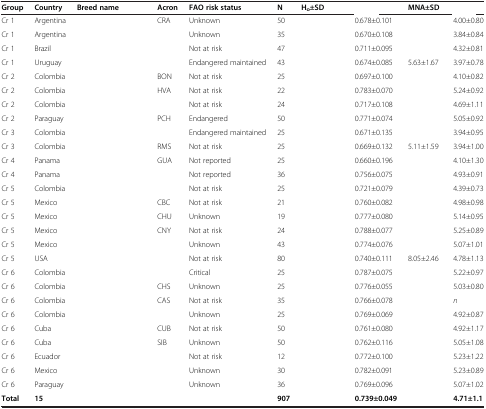
<table><thead><tr><td><b>Group</b></td><td><b>Country</b></td><td><b>Breed name</b></td><td><b>Acron</b></td><td><b>FAO risk status</b></td><td><b>N</b></td><td><b>H<sub>o</sub>±SD</b></td><td>[EMPTY_CELL]</td><td><b>MNA±SD</b></td><td>[EMPTY_CELL]</td></tr></thead><tbody><tr><td>Cr 1</td><td>Argentina</td><td>[EMPTY_CELL]</td><td>CRA</td><td>Unknown</td><td>50</td><td>[EMPTY_CELL]</td><td>0.678±0.101</td><td>[EMPTY_CELL]</td><td>4.00±0.80</td></tr><tr><td>Cr 1</td><td>Argentina</td><td>[EMPTY_CELL]</td><td>[EMPTY_CELL]</td><td>Unknown</td><td>35</td><td>[EMPTY_CELL]</td><td>0.670±0.108</td><td>[EMPTY_CELL]</td><td>3.84±0.84</td></tr><tr><td>Cr 1</td><td>Brazil</td><td>[EMPTY_CELL]</td><td>[EMPTY_CELL]</td><td>Not at risk</td><td>47</td><td>[EMPTY_CELL]</td><td>0.711±0.095</td><td>[EMPTY_CELL]</td><td>4.32±0.81</td></tr><tr><td>Cr 1</td><td>Uruguay</td><td>[EMPTY_CELL]</td><td>[EMPTY_CELL]</td><td>Endangered maintained</td><td>43</td><td>[EMPTY_CELL]</td><td>0.674±0.085</td><td>5.63±1.67</td><td>3.97±0.78</td></tr><tr><td>Cr 2</td><td>Colombia</td><td>[EMPTY_CELL]</td><td>BON</td><td>Not at risk</td><td>25</td><td>[EMPTY_CELL]</td><td>0.697±0.100</td><td>[EMPTY_CELL]</td><td>4.10±0.82</td></tr><tr><td>Cr 2</td><td>Colombia</td><td>[EMPTY_CELL]</td><td>HVA</td><td>Not at risk</td><td>22</td><td>[EMPTY_CELL]</td><td>0.783±0.070</td><td>[EMPTY_CELL]</td><td>5.24±0.92</td></tr><tr><td>Cr 2</td><td>Colombia</td><td>[EMPTY_CELL]</td><td>[EMPTY_CELL]</td><td>Not at risk</td><td>24</td><td>[EMPTY_CELL]</td><td>0.717±0.108</td><td>[EMPTY_CELL]</td><td>4.69±1.11</td></tr><tr><td>Cr 2</td><td>Paraguay</td><td>[EMPTY_CELL]</td><td>PCH</td><td>Endangered</td><td>50</td><td>[EMPTY_CELL]</td><td>0.771±0.074</td><td>[EMPTY_CELL]</td><td>5.05±0.92</td></tr><tr><td>Cr 3</td><td>Colombia</td><td>[EMPTY_CELL]</td><td>[EMPTY_CELL]</td><td>Endangered maintained</td><td>25</td><td>[EMPTY_CELL]</td><td>0.671±0.135</td><td>[EMPTY_CELL]</td><td>3.94±0.95</td></tr><tr><td>Cr 3</td><td>Colombia</td><td>[EMPTY_CELL]</td><td>RMS</td><td>Not at risk</td><td>25</td><td>[EMPTY_CELL]</td><td>0.669±0.132</td><td>5.11±1.59</td><td>3.94±1.00</td></tr><tr><td>Cr 4</td><td>Panama</td><td>[EMPTY_CELL]</td><td>GUA</td><td>Not reported</td><td>25</td><td>[EMPTY_CELL]</td><td>0.660±0.196</td><td>[EMPTY_CELL]</td><td>4.10±1.30</td></tr><tr><td>Cr 4</td><td>Panama</td><td>[EMPTY_CELL]</td><td>[EMPTY_CELL]</td><td>Not reported</td><td>36</td><td>[EMPTY_CELL]</td><td>0.756±0.075</td><td>[EMPTY_CELL]</td><td>4.93±0.91</td></tr><tr><td>Cr 5</td><td>Colombia</td><td>[EMPTY_CELL]</td><td>[EMPTY_CELL]</td><td>Not at risk</td><td>25</td><td>[EMPTY_CELL]</td><td>0.721±0.079</td><td>[EMPTY_CELL]</td><td>4.39±0.73</td></tr><tr><td>Cr 5</td><td>Mexico</td><td>[EMPTY_CELL]</td><td>CBC</td><td>Not at risk</td><td>21</td><td>[EMPTY_CELL]</td><td>0.760±0.082</td><td>[EMPTY_CELL]</td><td>4.98±0.98</td></tr><tr><td>Cr 5</td><td>Mexico</td><td>[EMPTY_CELL]</td><td>CHU</td><td>Unknown</td><td>19</td><td>[EMPTY_CELL]</td><td>0.777±0.080</td><td>[EMPTY_CELL]</td><td>5.14±0.95</td></tr><tr><td>Cr 5</td><td>Mexico</td><td>[EMPTY_CELL]</td><td>CNY</td><td>Not at risk</td><td>24</td><td>[EMPTY_CELL]</td><td>0.788±0.077</td><td>[EMPTY_CELL]</td><td>5.25±0.89</td></tr><tr><td>Cr 5</td><td>Mexico</td><td>[EMPTY_CELL]</td><td>[EMPTY_CELL]</td><td>Unknown</td><td>43</td><td>[EMPTY_CELL]</td><td>0.774±0.076</td><td>[EMPTY_CELL]</td><td>5.07±1.01</td></tr><tr><td>Cr 5</td><td>USA</td><td>[EMPTY_CELL]</td><td>[EMPTY_CELL]</td><td>Not at risk</td><td>80</td><td>[EMPTY_CELL]</td><td>0.740±0.111</td><td>8.05±2.46</td><td>4.78±1.13</td></tr><tr><td>Cr 6</td><td>Colombia</td><td>[EMPTY_CELL]</td><td>[EMPTY_CELL]</td><td>Critical</td><td>25</td><td>[EMPTY_CELL]</td><td>0.787±0.075</td><td>[EMPTY_CELL]</td><td>5.22±0.97</td></tr><tr><td>Cr 6</td><td>Colombia</td><td>[EMPTY_CELL]</td><td>CHS</td><td>Unknown</td><td>25</td><td>[EMPTY_CELL]</td><td>0.776±0.055</td><td>[EMPTY_CELL]</td><td>5.03±0.80</td></tr><tr><td>Cr 6</td><td>Colombia</td><td>[EMPTY_CELL]</td><td>CAS</td><td>Not at risk</td><td>35</td><td>[EMPTY_CELL]</td><td>0.766±0.078</td><td>[EMPTY_CELL]</td><td><i>n</i></td></tr><tr><td>Cr 6</td><td>Colombia</td><td>[EMPTY_CELL]</td><td>[EMPTY_CELL]</td><td>Unknown</td><td>25</td><td>[EMPTY_CELL]</td><td>0.769±0.069</td><td>[EMPTY_CELL]</td><td>4.92±0.87</td></tr><tr><td>Cr 6</td><td>Cuba</td><td>[EMPTY_CELL]</td><td>CUB</td><td>Not at risk</td><td>50</td><td>[EMPTY_CELL]</td><td>0.761±0.080</td><td>[EMPTY_CELL]</td><td>4.92±1.17</td></tr><tr><td>Cr 6</td><td>Cuba</td><td>[EMPTY_CELL]</td><td>SIB</td><td>Unknown</td><td>50</td><td>[EMPTY_CELL]</td><td>0.762±0.116</td><td>[EMPTY_CELL]</td><td>5.05±1.08</td></tr><tr><td>Cr 6</td><td>Ecuador</td><td>[EMPTY_CELL]</td><td>[EMPTY_CELL]</td><td>Not at risk</td><td>12</td><td>[EMPTY_CELL]</td><td>0.772±0.100</td><td>[EMPTY_CELL]</td><td>5.23±1.22</td></tr><tr><td>Cr 6</td><td>Mexico</td><td>[EMPTY_CELL]</td><td>[EMPTY_CELL]</td><td>Unknown</td><td>30</td><td>[EMPTY_CELL]</td><td>0.782±0.091</td><td>[EMPTY_CELL]</td><td>5.23±0.89</td></tr><tr><td>Cr 6</td><td>Paraguay</td><td>[EMPTY_CELL]</td><td>[EMPTY_CELL]</td><td>Unknown</td><td>36</td><td>[EMPTY_CELL]</td><td>0.769±0.096</td><td>[EMPTY_CELL]</td><td>5.07±1.02</td></tr><tr><td><b>Total</b></td><td><b>15</b></td><td>[EMPTY_CELL]</td><td>[EMPTY_CELL]</td><td>[EMPTY_CELL]</td><td><b>907</b></td><td>[EMPTY_CELL]</td><td><b>0.739±0.049</b></td><td>[EMPTY_CELL]</td><td><b>4.71±1.1</b></td></tr></tbody></table>